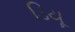
ડિયૂ